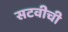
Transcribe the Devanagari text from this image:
सटवीची